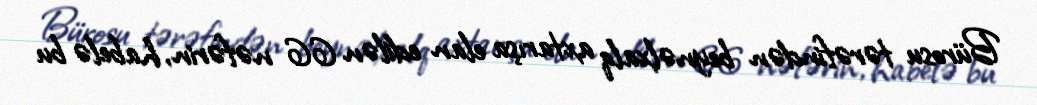
Bürosu tərəfindən beynəlxalq axtarışa elan edilən 66 nəfərin, habelə bu